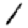
Digit: 1